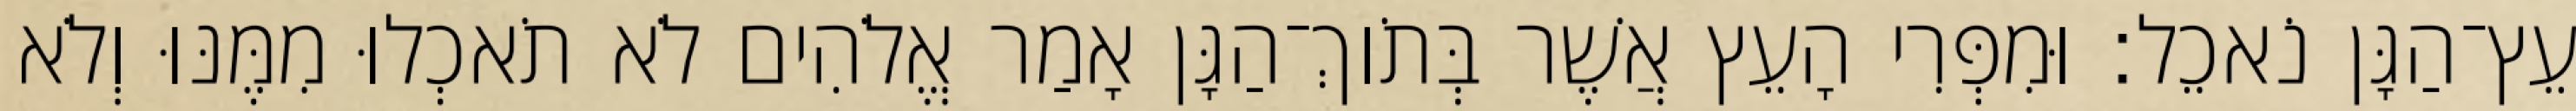
עֵץ־הַגָּן נֹאכֵל׃ וּמִפְּרִי הָעֵץ אֲשֶׁר בְּתֹוךְ־הַגָּן אָמַר אֱלֹהִים לֹא תֹאכְלוּ מִמֶּנּוּ וְלֹא